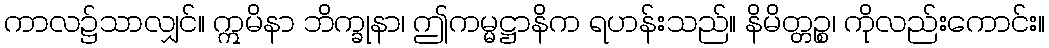
ကာလ၌သာလျှင်။ ဣမိနာ ဘိက္ခုနာ၊ ဤကမ္မဋ္ဌာနိက ရဟန်းသည်။ နိမိတ္တဉ္စ၊ ကိုလည်းကောင်း။